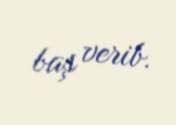
baş verib.